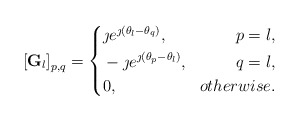
\begin{align*}\left[\bold{G}_{l}\right]_{p,q}=\left\{\begin{aligned}& \jmath e^{\jmath (\theta_{l}-\theta_{q})} ,&p = l, \\& -\jmath e^{\jmath (\theta_{p}-\theta_{l})} ,&q = l, \\&0, &otherwise.\end{aligned}\right.\end{align*}